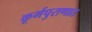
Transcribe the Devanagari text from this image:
कूर्मपुराणात